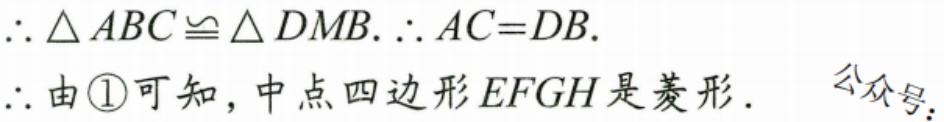
\(\therefore\triangle ABC\cong\triangle DMB.\therefore AC = DB.\)
\(\therefore\)由\textcircled{1}可知，中点四边形\(EFGH\)是菱形. 公众号：